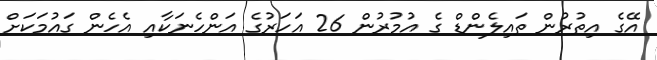
އޭގެ އިތުރުން ތައިލެންޑް ގެ އުމުރުން 26 އަހަރުގެ އަންހެނަކާއި އެހެން ގައުމަކަށް